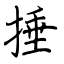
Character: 捶